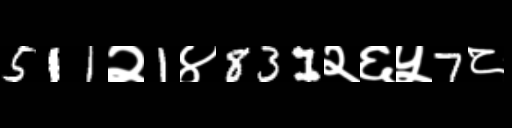
Text: 511२1४831२६५7८